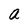
Character: a